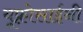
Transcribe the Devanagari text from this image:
यूफ़्रोसाईनी